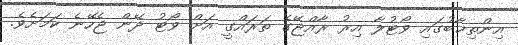
އިންތިޚާބުގައި ވޯޓުލާ އިރު ރާއްޖޭގެ ތަރައްގީ އަށް ވޯޓު ދޭން ޖެހޭނެ ކަމަށެވެ.